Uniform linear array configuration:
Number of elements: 48
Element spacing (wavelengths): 1
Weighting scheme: hamming
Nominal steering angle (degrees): -30
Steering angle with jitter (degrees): -28.709
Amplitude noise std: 0.05
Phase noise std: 0.05

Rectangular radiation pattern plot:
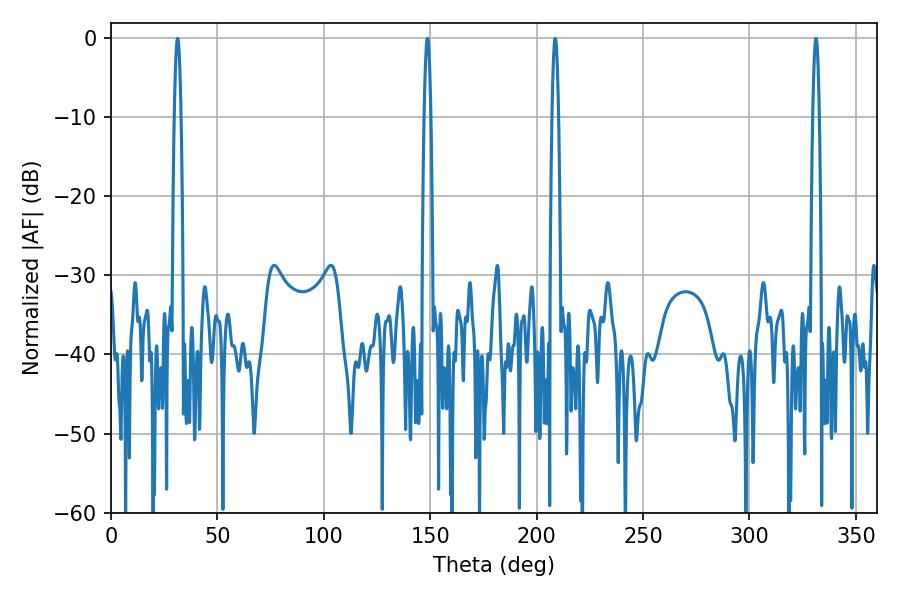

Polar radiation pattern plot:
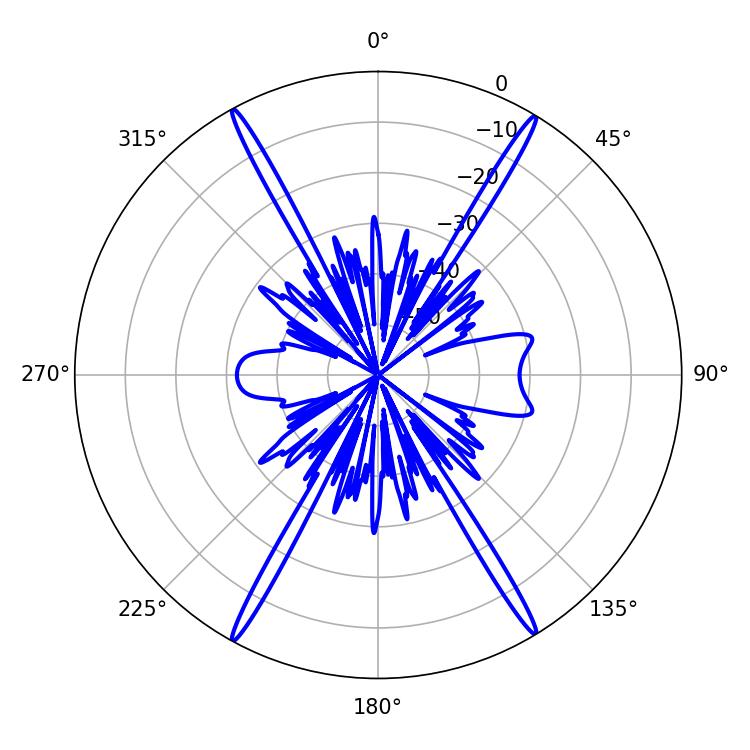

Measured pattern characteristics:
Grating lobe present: TRUE
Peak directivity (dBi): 27.282
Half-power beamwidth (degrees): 1.62
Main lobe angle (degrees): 148.68